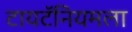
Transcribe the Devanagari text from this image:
टायटॅनियमला